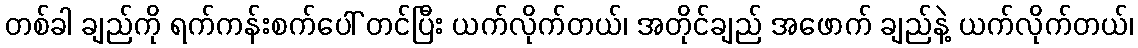
တစ်ခါ ချည်ကို ရက်ကန်းစက်ပေါ် တင်ပြီး ယက်လိုက်တယ်၊ အတိုင်ချည် အဖောက် ချည်နဲ့ ယက်လိုက်တယ်၊